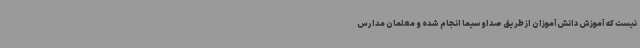
نیست که آموزش دانش‌آموزان از طریق صداوسیما انجام شده و معلمان مدارس